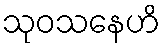
သုဝသနေဟိ